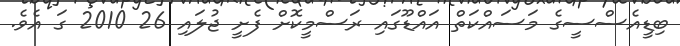
ބިޑީއެސްސީގެ މަސައްކަތް އައްޑޫގައި ރަސްމީކޮށް ފެށީ ޖުލައި 26 2010 ގަ އެވެ.